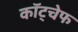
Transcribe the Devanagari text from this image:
कॉट्चेफ